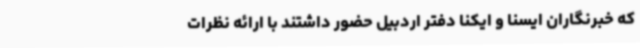
که خبرنگاران ایسنا و ایکنا دفتر اردبیل حضور داشتند با ارائه نظرات